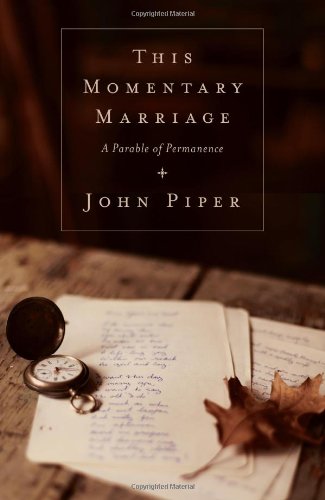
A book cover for This Momentary Marriage: A Parable of Permanence; John Piper; Christian Books & Bibles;